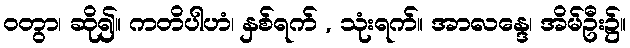
ဝတွာ၊ ဆို၍။ ကတိပါဟံ၊ နှစ်ရက် , သုံးရက်။ အာလန္ဒေ၊ အိမ်ဦး၌။